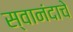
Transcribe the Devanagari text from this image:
स्वानंदाचे